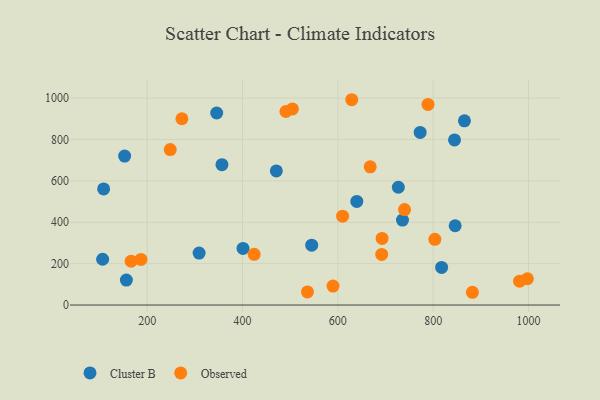
{"axis": {"x": "Distance", "y": "Sales"}, "legend": ["Cluster B", "Observed"], "data": [{"x": "865.6", "y": 890.3, "type": "Cluster B"}, {"x": "846.1", "y": 383.2, "type": "Cluster B"}, {"x": "726.9", "y": 569.1, "type": "Cluster B"}, {"x": "108.7", "y": 560.9, "type": "Cluster B"}, {"x": "401.1", "y": 273.5, "type": "Cluster B"}, {"x": "156.4", "y": 120.7, "type": "Cluster B"}, {"x": "152.8", "y": 720.0, "type": "Cluster B"}, {"x": "345.9", "y": 927.9, "type": "Cluster B"}, {"x": "106.6", "y": 221.2, "type": "Cluster B"}, {"x": "356.9", "y": 678.2, "type": "Cluster B"}, {"x": "471.0", "y": 647.8, "type": "Cluster B"}, {"x": "309.0", "y": 250.8, "type": "Cluster B"}, {"x": "639.8", "y": 500.7, "type": "Cluster B"}, {"x": "772.7", "y": 834.0, "type": "Cluster B"}, {"x": "735.6", "y": 410.3, "type": "Cluster B"}, {"x": "844.8", "y": 797.6, "type": "Cluster B"}, {"x": "817.7", "y": 181.9, "type": "Cluster B"}, {"x": "545.2", "y": 289.4, "type": "Cluster B"}, {"x": "504.7", "y": 947.7, "type": "Observed"}, {"x": "491.1", "y": 935.1, "type": "Observed"}, {"x": "789.1", "y": 969.4, "type": "Observed"}, {"x": "667.9", "y": 667.6, "type": "Observed"}, {"x": "536.3", "y": 63.2, "type": "Observed"}, {"x": "629.2", "y": 992.1, "type": "Observed"}, {"x": "981.2", "y": 115.4, "type": "Observed"}, {"x": "166.4", "y": 212.0, "type": "Observed"}, {"x": "997.6", "y": 127.0, "type": "Observed"}, {"x": "272.9", "y": 900.1, "type": "Observed"}, {"x": "589.9", "y": 91.7, "type": "Observed"}, {"x": "739.9", "y": 461.2, "type": "Observed"}, {"x": "610.0", "y": 429.2, "type": "Observed"}, {"x": "187.1", "y": 220.5, "type": "Observed"}, {"x": "803.5", "y": 317.7, "type": "Observed"}, {"x": "692.8", "y": 321.9, "type": "Observed"}, {"x": "248.4", "y": 751.0, "type": "Observed"}, {"x": "882.3", "y": 61.6, "type": "Observed"}, {"x": "424.5", "y": 245.1, "type": "Observed"}, {"x": "692.0", "y": 244.4, "type": "Observed"}]}